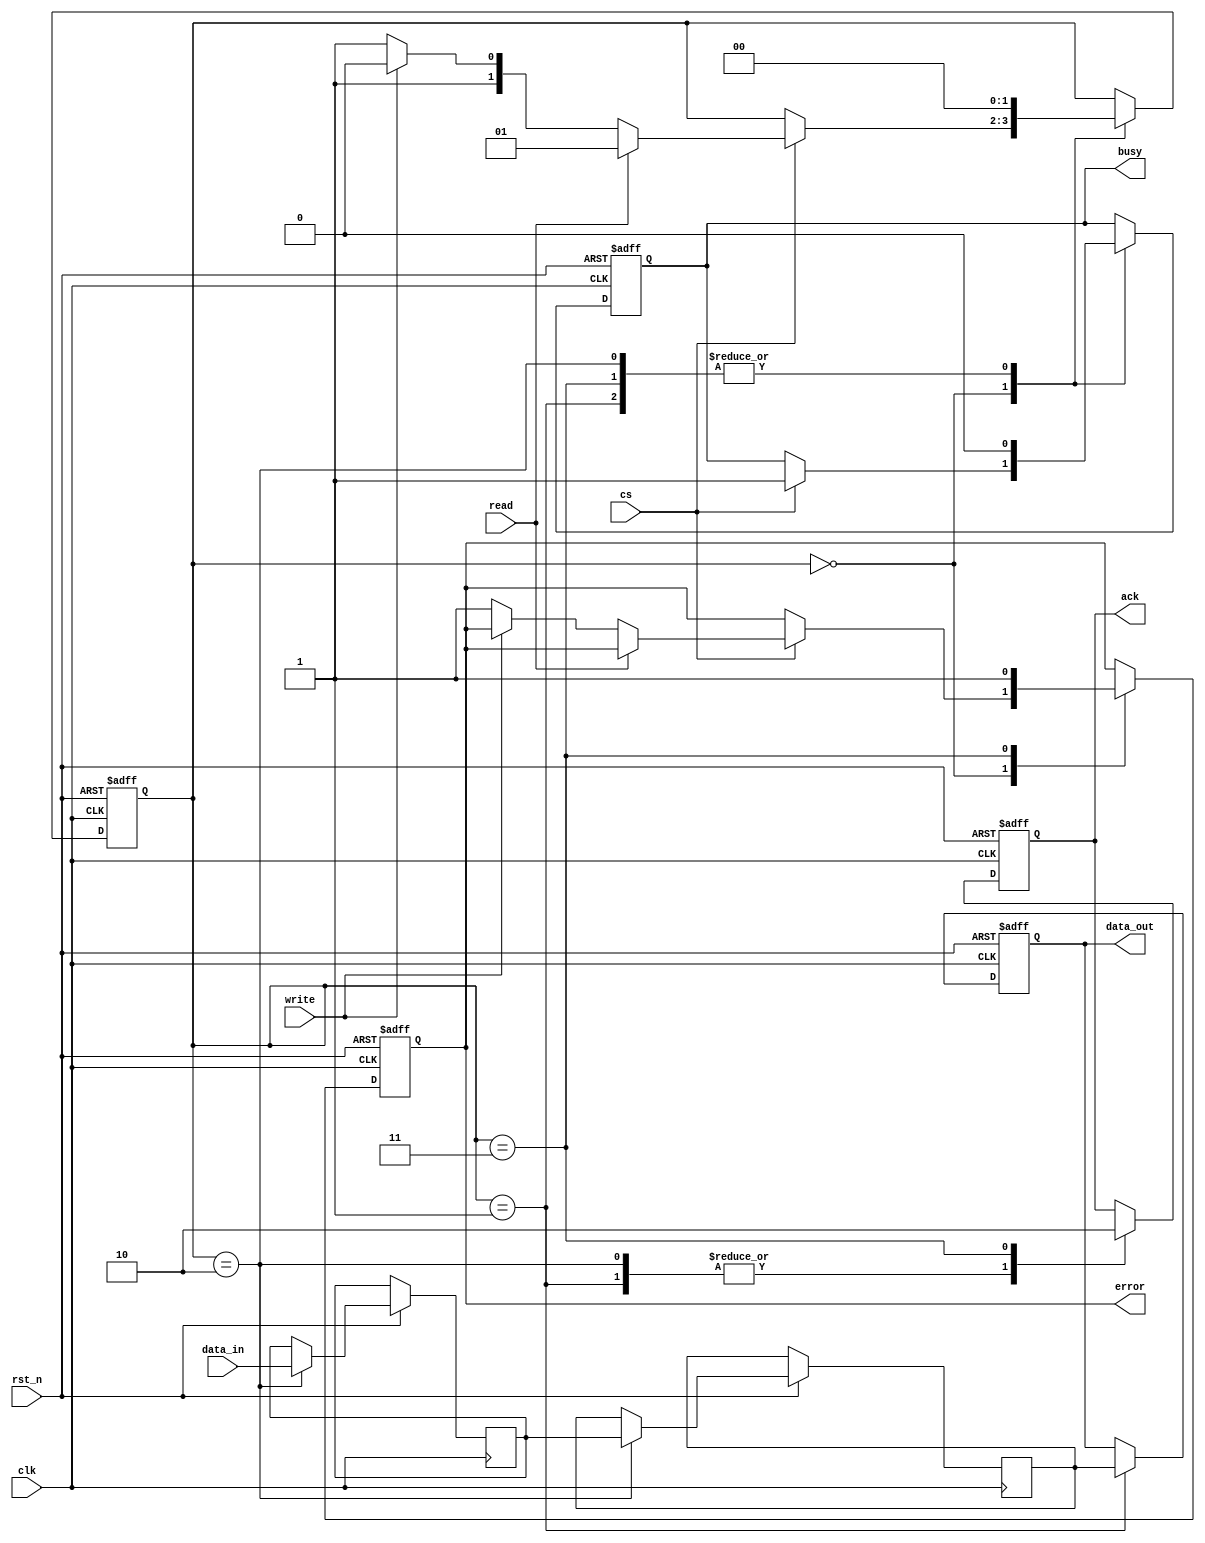
module SSD_IO_Block (
    input wire clk,                // System clock
    input wire rst_n,              // Active low reset
    input wire cs,                 // Chip Select
    input wire read,               // Read command
    input wire write,              // Write command
    input wire [31:0] data_in,     // Data input from host
    output reg [31:0] data_out,    // Data output to host
    output reg ack,                // Acknowledge signal
    output reg busy,               // Busy status
    output reg error               // Error status
);

    // Internal signals
    reg [31:0] input_buffer;       // Input buffer for incoming data
    reg [31:0] output_buffer;      // Output buffer for outgoing data
    reg [1:0] state;               // State machine for control logic

    // State encoding
    localparam IDLE = 2'b00;
    localparam READ_CMD = 2'b01;
    localparam WRITE_CMD = 2'b10;
    localparam ERROR_STATE = 2'b11;

    // Control Logic
    always @(posedge clk or negedge rst_n) begin
        if (!rst_n) begin
            state <= IDLE;
            ack <= 0;
            busy <= 0;
            error <= 0;
            data_out <= 32'b0;
        end else begin
            case (state)
                IDLE: begin
                    if (cs) begin
                        busy <= 1;
                        if (read) begin
                            state <= READ_CMD;
                        end else if (write) begin
                            state <= WRITE_CMD;
                        end else begin
                            error <= 1; // Invalid command
                            state <= ERROR_STATE;
                        end
                    end
                end

                READ_CMD: begin
                    // Simulate reading from NAND flash
                    data_out <= output_buffer; // Assume output_buffer is filled from NAND
                    ack <= 1; // Acknowledge read operation
                    busy <= 0;
                    state <= IDLE;
                end

                WRITE_CMD: begin
                    // Simulate writing to NAND flash
                    input_buffer <= data_in; // Store incoming data
                    output_buffer <= input_buffer; // Assume writing to NAND
                    ack <= 1; // Acknowledge write operation
                    busy <= 0;
                    state <= IDLE;
                end

                ERROR_STATE: begin
                    // Handle error state
                    ack <= 0; // No acknowledge in error state
                    busy <= 0;
                    error <= 1; // Set error status
                    state <= IDLE;
                end

                default: state <= IDLE; // Default to IDLE state
            endcase
        end
    end

endmodule